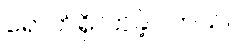
ရောက်ရှိလာခဲ့ပါတယ်။